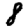
Digit: 8